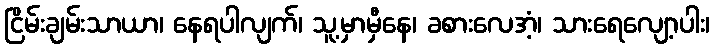
ငြိမ်းချမ်းသာယာ၊ နေရပါလျက်၊ သူ့မှာမှီနေ၊ ခစားလေအံ့၊ သားရေလျော့ပါး၊